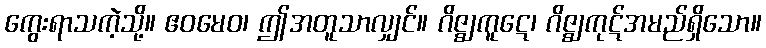
ကွေးရာသကဲ့သို့။ ဧဝမေဝ၊ ဤအတူသာလျှင်။ ဂိဇ္ဈကူဋေ၊ ဂိဇ္ဈကုဋ်အမည်ရှိသော။